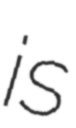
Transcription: is